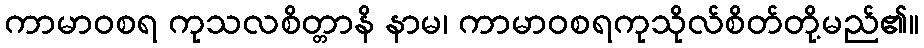
ကာမာဝစရ ကုသလစိတ္တာနိ နာမ၊ ကာမာဝစရကုသိုလ်စိတ်တို့မည်၏။